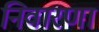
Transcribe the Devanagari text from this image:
निवारणा